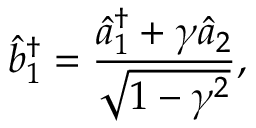
\hat { b } _ { 1 } ^ { \dagger } = \frac { \hat { a } _ { 1 } ^ { \dagger } + \gamma \hat { a } _ { 2 } } { \sqrt { 1 - \gamma ^ { 2 } } } ,